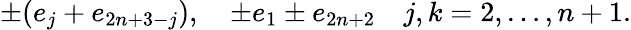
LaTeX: \pm(e_{j}+e_{2n+3-j}),\quad\pm e_{1}\pm e_{2n+2}\quad j,k=2,\ldots,n+1.